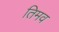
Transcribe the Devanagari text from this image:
तिमव